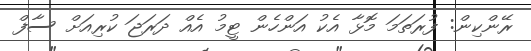
ރޭންކިން: ފުރަތަމަ މޮޅާ އެކު އަންހެން ޓީމު އެއް ދަރަޖަ ކުރިއަށް ސާފް